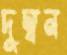
দুম্বন